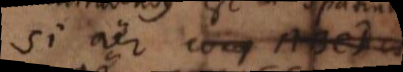
si aer ABCD co